Annual report on the lock hospitals of the Madras Presidency
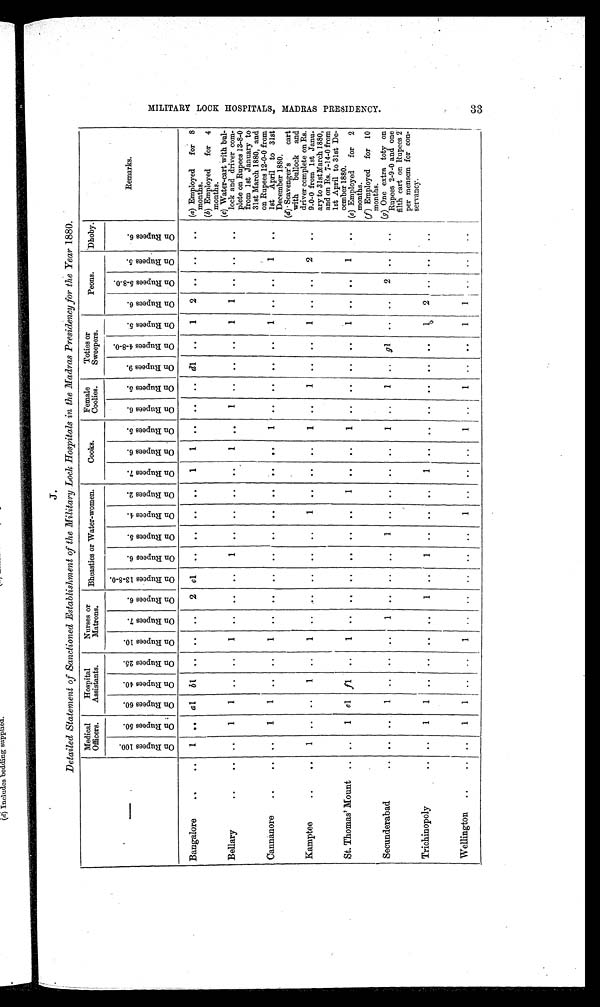
J.
Detailed Statement of Sanctioned Establishment of the Military Lock Hospitals in the Madras Presidency for the Year 1880.
Medical
Officers.
Hospital
Assistants.
Nurses or
Matrons.
Bheasties or Water-women.
Cooks.
Female
Coolies.
Toties or
Sweepers.
Peons.
Dhoby.
Remarks.
—
O n R u p e e s 1 0 0 .
O n R u p e e s 5 0 .
O n R u p e e s 6 0 .
O n R u p e e s 4 0 .
O n R u p e e s 2 5 .
O n R u p e e s 1 0 .
O n R u p e e s 7 .
O n R u p e e s 6 .
O n R u p e e s 1 3 - 8 - 0 .
O n R u p e e s 6 .
O n R u p e e s 5 .
O n R u p e e s 4 .
O n R u p e e s 2 .
O n R u p e e s 7 .
O n R u p e e s 6 .
O n R u p e e s 5 .
O n R u p e e s 6 .
O n R u p e e s 5 .
O n R u p e e s 9 .
O n R u p e e s 4 - 8 - 0 .
O n R u p e e s 5 .
O n R u p e e s 6 .
O n R u p e e s 5 - 8 - 0 .
O n R u p e e s 5 .
O n R u p e e s 6 .
Bangalore
..
..
1
. .
a 1 b1 ..
. .
. .
2 el .. .. .. ..
1
1
. .
. .
. . d 1 ..
1
2
. .
. .
.. (a) Employed for 8
months.
(b) Employed for 4
months.
Bellary
..
..
. .
1
1 ..
. .
1 ..
. .
. .
1
. .
. .
. .
. . 1 ..
1
. .
. .
. .
1
1
. .
. .
. .
(c) Water-cart with bul-
lock and driver com-
plete on Rupees 13-8-0
from 1st January to
31st March 1880, and
on Rupees 12-0-0 from
1st April to 31st
December 1880.
Cannanore
..
..
. .
1
1 .. ..
1 .. .. .. ..
. .
. .
. .
. .
. .
1
. .
. .
. .
. .
1
. .
. . 1
. .
Kamptee
..
•
1
. .
. .
1 ..
1 ..
. .
. . . .
. .
1
. .
. .
. .
1
. .
1
. .
. .
1
. .
. .
2
. .
(d) Scavenger's cart
with bullock and
driver complete on Rs.
9.0-0 from 1st Janu-
ary to 31st March 1880,
and on Rs. 7-14-0 from
1st April to 31st De-
cember 1880
St. Thomas' Mount .. ..
1 e 1 f 1
..
1
. .
. .
. .
. .
. .
. .
1
. .
. .
1
. .
. .
. .
. .
1 . .
. .
1
. . (e) Employed for
2 months.
(f) Employed for 10
months.
Secunderabad
..
. .
. .
1
. .
. . ..
1
. .
. .
. .
1
. .
. .
. .
. .
1
. .
1 .. g l .. ..
2
. .
. . (g) One extra toty on
Rupees 2-9-0 and one
filth cart on Rupees 2
per mensem for con-
servancy.
Trichinopoly
..
. .
1
1
. .
. .
. .
. .
1
. .
1 .. ..
..
1
. . . .
. .
. .
. .
. .
1
2
. .
. .
..
Wellington ..
..
1
1
. .
. .
1
. .
. .
. .
. .
. .
1
. .
. .
. . 1 ..
1
. . ..
1
1 .. . .
. .
M I L I T A R Y L O C K H O S P I T A L , M A D R A S P R E S I D E N C Y . 3 3